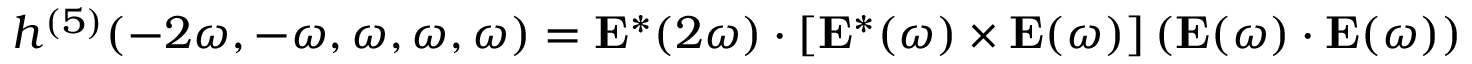
h ^ { ( 5 ) } ( - 2 \omega , - \omega , \omega , \omega , \omega ) = \mathbf { E } ^ { * } ( 2 \omega ) \cdot \left[ \mathbf { E } ^ { * } ( \omega ) \times \mathbf { E } ( \omega ) \right] \left( \mathbf { E } ( \omega ) \cdot \mathbf { E } ( \omega ) \right)